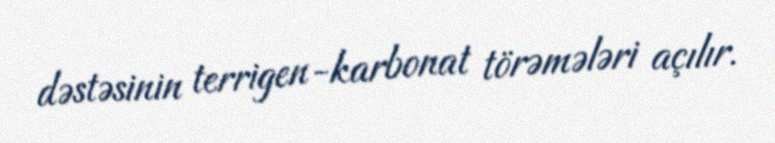
dəstəsinin terrigen-karbonat törəmələri açılır.